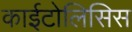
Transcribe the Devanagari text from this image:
काईटोलिसिस